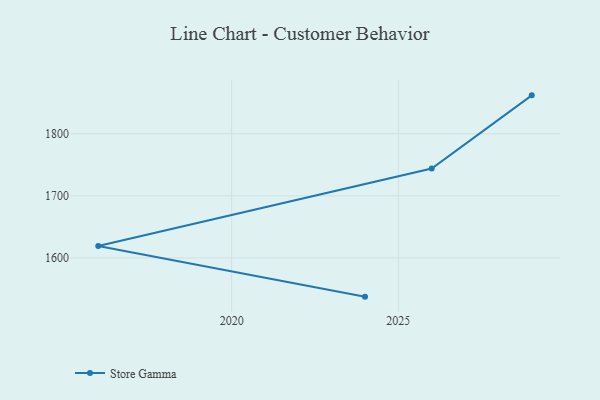
{"axis": {"x": "Year", "y": "Operating Costs (USD K)"}, "legend": ["Store Gamma"], "data": [{"x": "2024", "y": 1537.6, "type": "Store Gamma"}, {"x": "2016", "y": 1619.2, "type": "Store Gamma"}, {"x": "2026", "y": 1744.0, "type": "Store Gamma"}, {"x": "2029", "y": 1861.9, "type": "Store Gamma"}]}